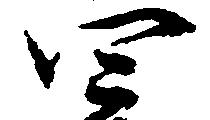
四